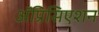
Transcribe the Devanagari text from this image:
ॲप्रिसिएशन